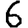
Digit: 6